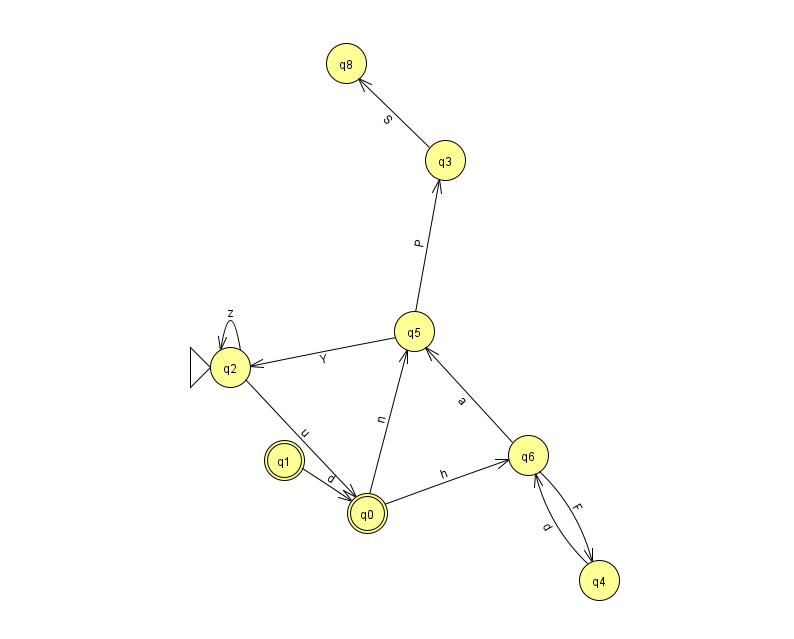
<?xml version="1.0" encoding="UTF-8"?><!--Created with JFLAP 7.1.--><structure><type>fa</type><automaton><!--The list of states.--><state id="0" name="q0"><x>367.0</x><y>500.0</y><final/></state><state id="1" name="q1"><x>284.0</x><y>447.0</y><final/></state><state id="2" name="q2"><x>230.0</x><y>354.0</y><initial/></state><state id="3" name="q3"><x>445.0</x><y>147.0</y></state><state id="4" name="q4"><x>599.0</x><y>567.0</y></state><state id="5" name="q5"><x>414.0</x><y>318.0</y></state><state id="6" name="q6"><x>528.0</x><y>442.0</y></state><state id="8" name="q8"><x>346.0</x><y>50.0</y></state><!--The list of transitions.--><transition><from>3</from><to>8</to><read>S</read></transition><transition><from>0</from><to>6</to><read>h</read></transition><transition><from>2</from><to>0</to><read>u</read></transition><transition><from>6</from><to>4</to><read>F</read></transition><transition><from>4</from><to>6</to><read>d</read></transition><transition><from>5</from><to>2</to><read>Y</read></transition><transition><from>2</from><to>2</to><read>z</read></transition><transition><from>6</from><to>5</to><read>a</read></transition><transition><from>1</from><to>0</to><read>d</read></transition><transition><from>0</from><to>5</to><read>n</read></transition><transition><from>5</from><to>3</to><read>P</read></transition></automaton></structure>